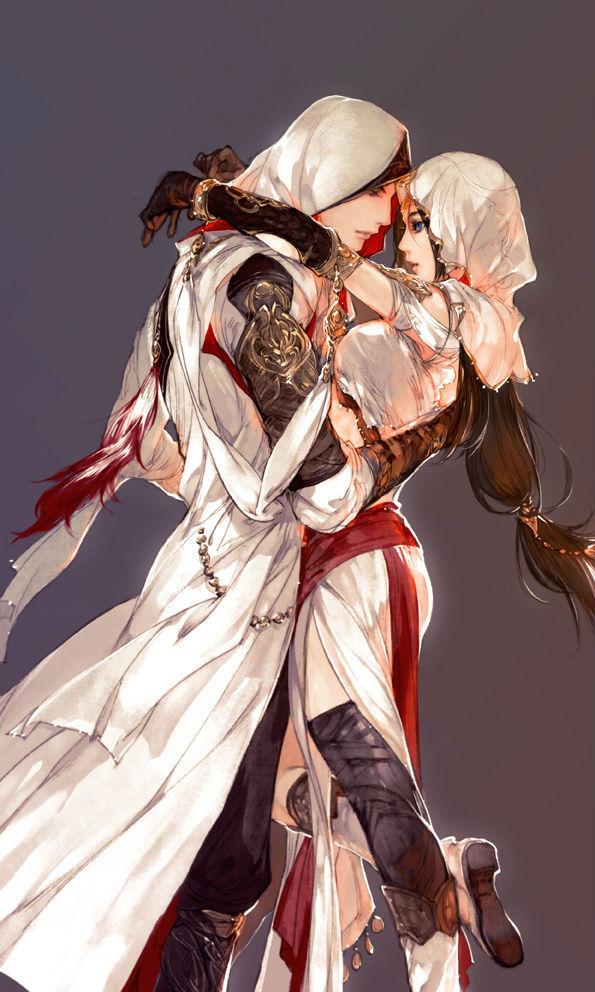
漫向寒炉醉玉瓶，唤君同赏小窗明。